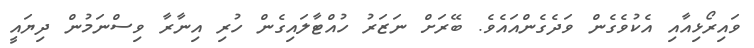
ވައިރޯޅިއާއި އެކުވެގެން ވަދެގެންއައެވެ. ބޭރަށް ނަޒަރު ހުއްޓާލައިގެން ހުރި އިނާރާ ވިސްނަމުން ދިޔައީ